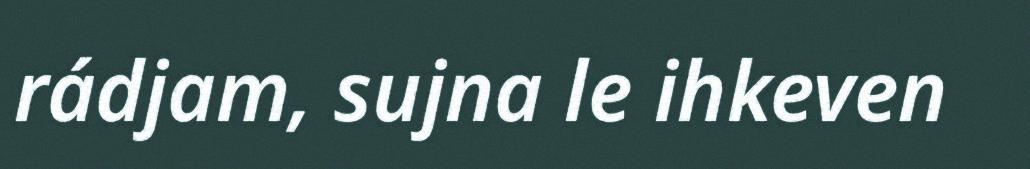
rádjam, sujna le ihkeven